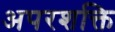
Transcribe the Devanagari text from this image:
अपरशक्ति